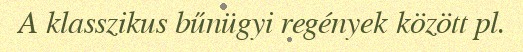
A klasszikus bűnügyi regények között pl.